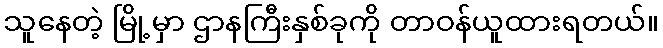
သူနေတဲ့ မြို့မှာ ဌာနကြီးနှစ်ခုကို တာဝန်ယူထားရတယ်။